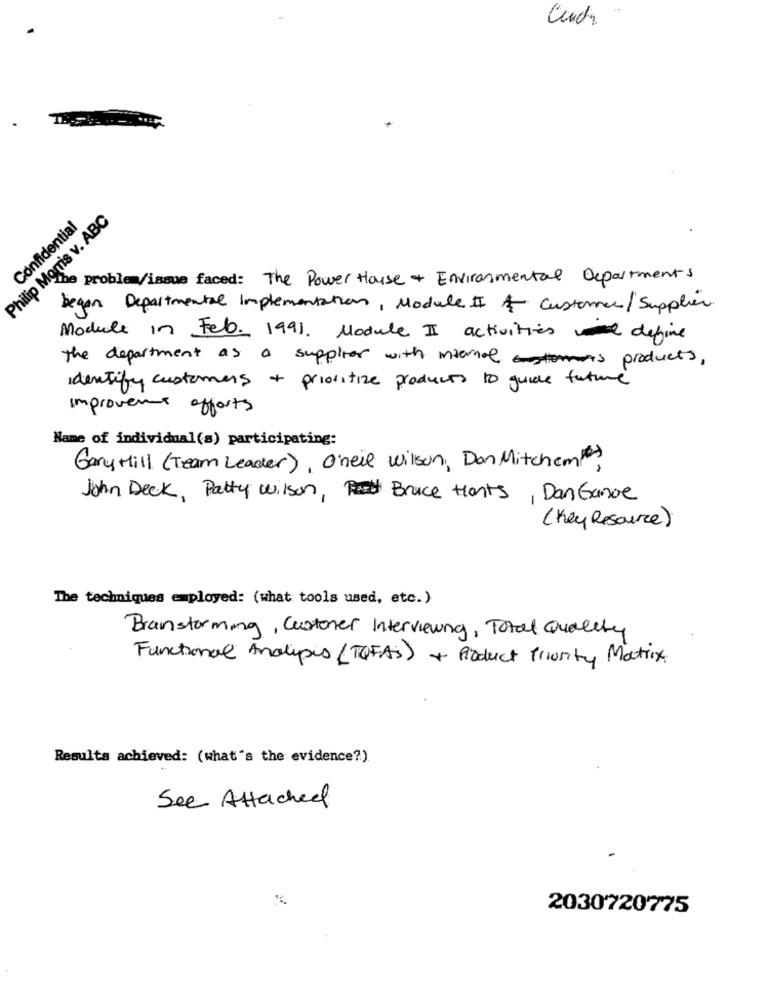
T.
Philip Morris v. ABC
Confidential
problem/issue faced: The Power House + Environmental Departments
began Departmental Implementation, Module II & Customer/Supplies.
Module in Feb. 1991. Module II activities define
the department as a supplier with miamol products,
identify customers + prioritize products to guide future
improvement efforts
Name of individual(s) participating:
Gary Hill (Team Leader), O'neil wilson, Don Mitchem#
John Deck, Patty wilson, Bruce Hants, Dan Ganoe
(Key Resource)
The techniques employed: (what tools used, etc.)
Brainstorming, Customer Interviewing, Total Quality
Functional Analysis (T(FAS) + Product trinity Matrix.
Resulta achieved: (what's the evidence?)
See Attached
2030720775